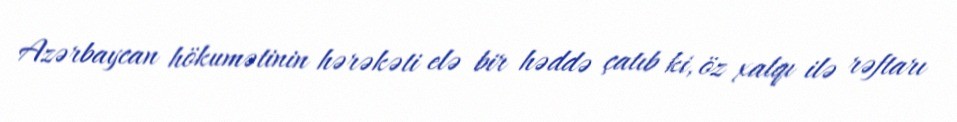
Azərbaycan hökumətinin hərəkəti elə bir həddə çatıb ki, öz xalqı ilə rəftarı